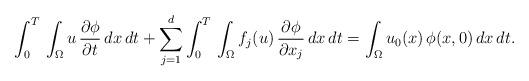
LaTeX: \begin{align*}\int_{0}^{T}\,\int_{\Omega}u\,\frac{\partial \phi}{\partial t}\,dx\,dt +\displaystyle\sum_{j=1}^{d}\int_{0}^{T}\,\int_{\Omega} f_{j}(u)\,\frac{\partial \phi}{\partial x_{j}}\,dx \,dt =\int_{\Omega}u_{0}(x)\,\phi(x,0)\,dx\,dt.\end{align*}